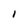
Character: 1